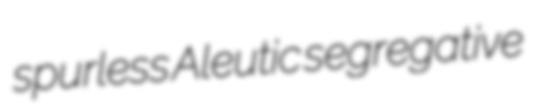
spurless Aleutic segregative